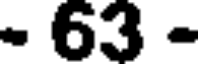
- 63 -